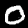
Label: 0